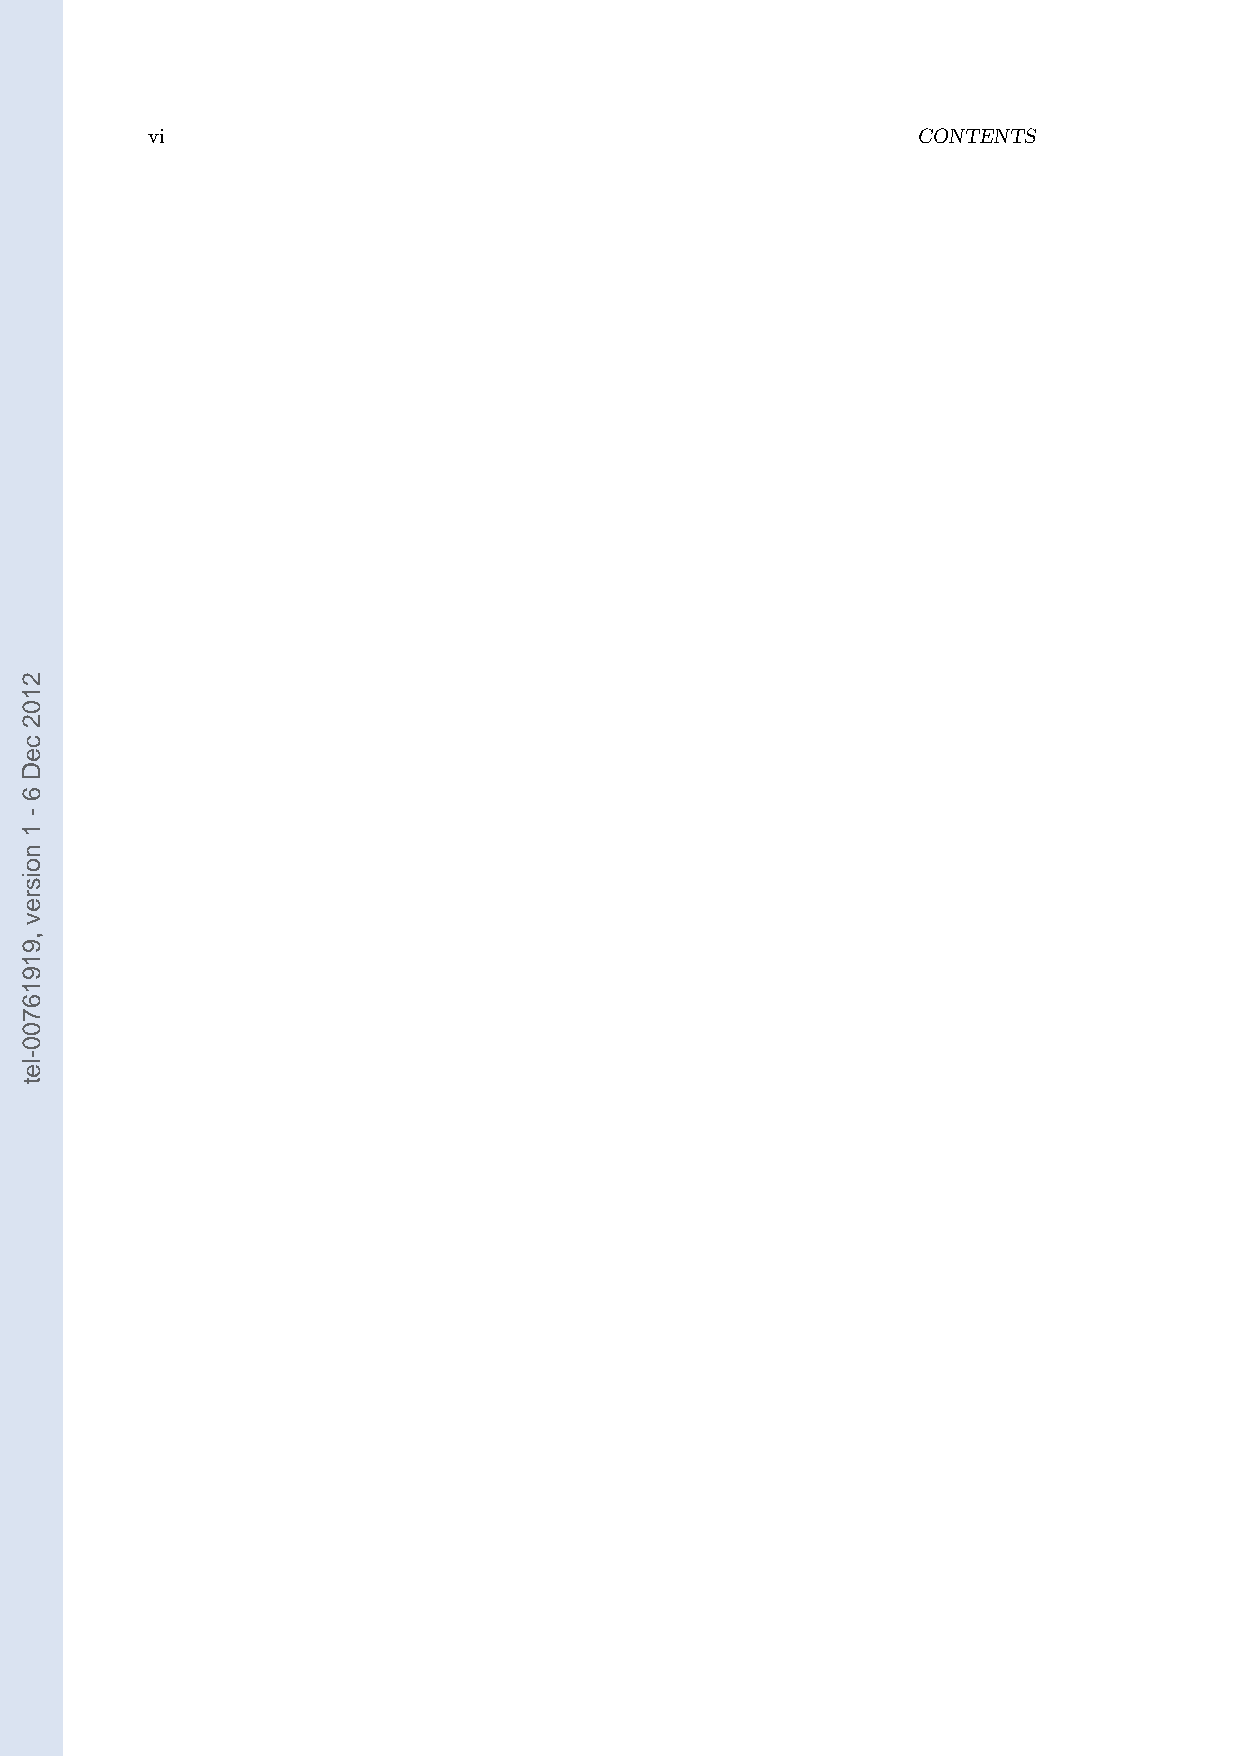
vi                                                 CONTENTS
 2102
 ceD
 6
 -
 1
 noisrev
 ,91916700-let